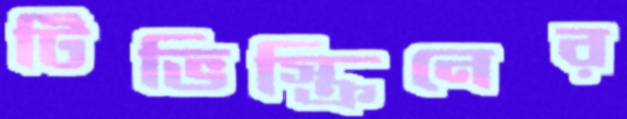
টিভিস্ক্রিনের